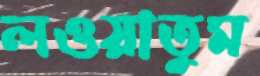
লওয়াতুম